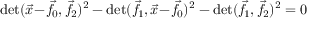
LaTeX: \operatorname* { d e t } ( { \vec { x } } \! - \! { \vec { f } } \! _ { 0 } , { \vec { f } } \! _ { 2 } ) ^ { 2 } - \operatorname* { d e t } ( { \vec { f } } \! _ { 1 } , { \vec { x } } \! - \! { \vec { f } } \! _ { 0 } ) ^ { 2 } - \operatorname* { d e t } ( { \vec { f } } \! _ { 1 } , { \vec { f } } \! _ { 2 } ) ^ { 2 } = 0